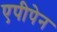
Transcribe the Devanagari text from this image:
एपीपेन